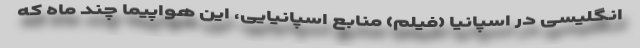
انگلیسی در اسپانیا (فیلم) منابع اسپانیایی، این هواپیما چند ماه که